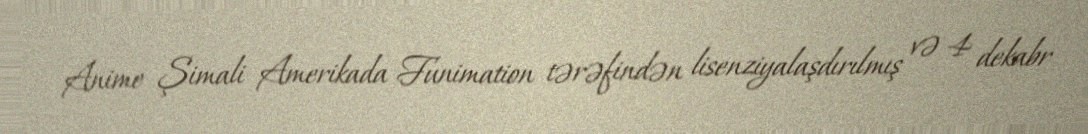
Anime Şimali Amerikada Funimation tərəfindən lisenziyalaşdırılmış və 4 dekabr